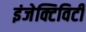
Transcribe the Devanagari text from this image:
इंजेक्टिविटी